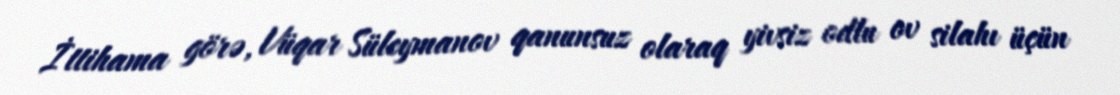
İttihama görə, Vüqar Süleymanov qanunsuz olaraq yivsiz odlu ov silahı üçün